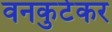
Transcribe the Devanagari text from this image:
वनकुटेकर